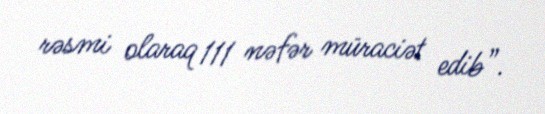
rəsmi olaraq 111 nəfər müraciət edib”.